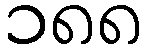
၁၈၈